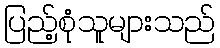
ပြည့်စုံသူများသည်